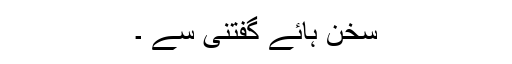
سخن ہائے گفتنی سے ۔